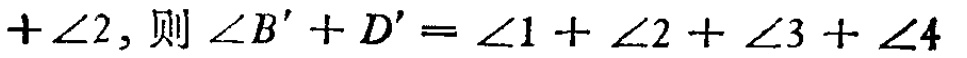
$+\angle 2,则\ \angle B' + D'=\angle 1+\angle 2+\angle 3+\angle 4$